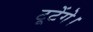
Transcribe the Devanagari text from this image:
टूटेंगे।